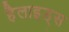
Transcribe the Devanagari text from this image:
हैलाइड्स